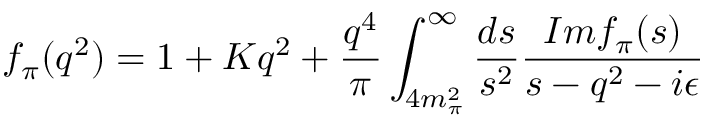
f _ { \pi } ( q ^ { 2 } ) = 1 + K q ^ { 2 } + { \frac { q ^ { 4 } } { \pi } } \int _ { 4 m _ { \pi } ^ { 2 } } ^ { \infty } { \frac { d s } { s ^ { 2 } } } { \frac { I m f _ { \pi } ( s ) } { s - q ^ { 2 } - i \epsilon } }